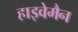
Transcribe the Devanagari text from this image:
हाइवेमैन